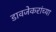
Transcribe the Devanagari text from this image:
डावजेकरांच्या